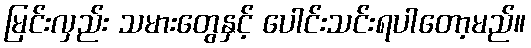
မြင်းလှည်း သမားတွေနှင့် ပေါင်းသင်းရပါတော့မည်။